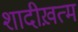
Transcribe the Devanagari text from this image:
शादीख़त्म